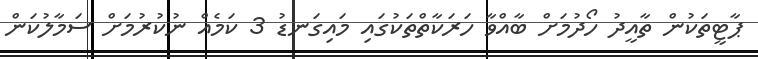
ޕާޓީތަކުން ތާއީދު ހޯދުމަށް ބާއްވާ ހަރަކާތްތަކުގައި މައިގަނޑު 3 ކަމެއް ނުކުރުމަށް ސަމާލުކަން